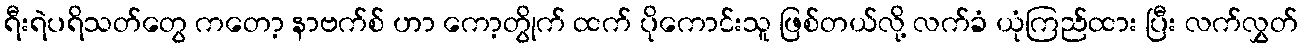
ရီးရဲပရိသတ်တွေ ကတော့ နာဗက်စ် ဟာ ကော့တွိုက် ထက် ပိုကောင်းသူ ဖြစ်တယ်လို့ လက်ခံ ယုံကြည်ထား ပြီး လက်လွှတ်